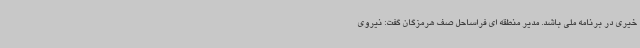
خیری در برنامه ملی باشد. مدیر منطقه ای فراساحل صف هرمزگان گفت: نیروی